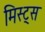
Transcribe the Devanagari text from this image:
मिस्ट्स